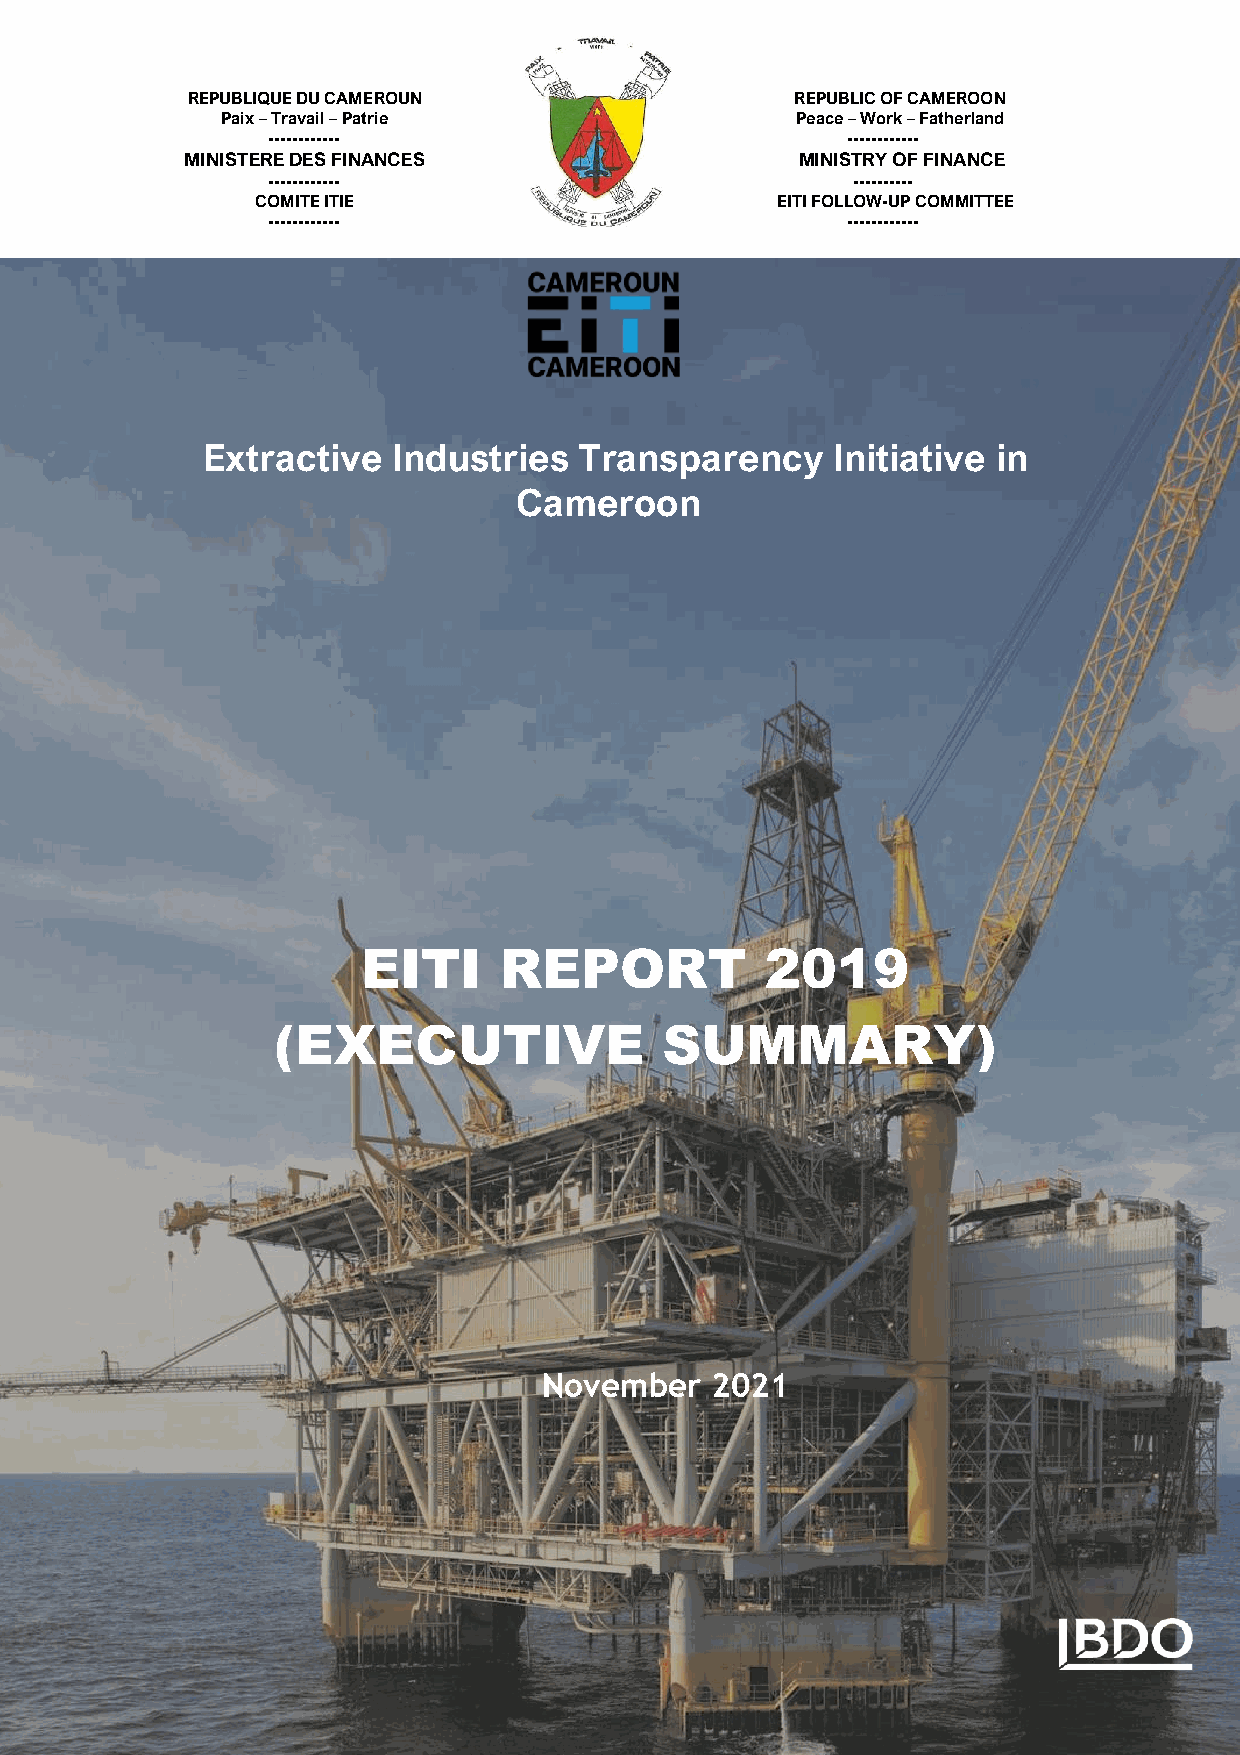
REPUBLIQUE DU CAMEROUN                   REPUBLIC OF CAMEROON
 Paix – Travail – Patrie               Peace – Work – Fatherland
 ------------                          ------------
 MINISTERE DES FINANCES                   MINISTRY OF FINANCE
 ------------                          ----------
 COMITE ITIE                       EITI FOLLOW-UP COMMITTEE
 ------- -----                         ------- -----
 Extractive   Industries  Transparency     Initiative in
 Cameroon
 EITI     REPORT            2019
 (EXECUTIVE                SUMMARY)
 November   2021